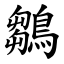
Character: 鶵